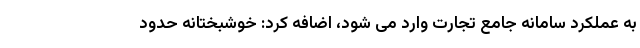
به عملکرد سامانه جامع تجارت وارد می شود، اضافه کرد‌: خوشبختانه حدود